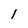
Character: 1